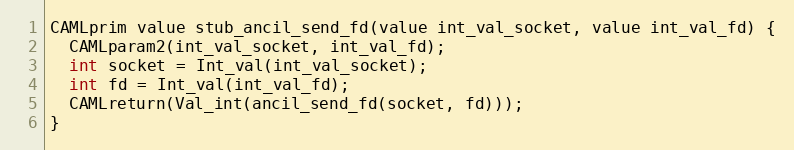
Language: C
CAMLprim value stub_ancil_send_fd(value int_val_socket, value int_val_fd) {
  CAMLparam2(int_val_socket, int_val_fd);
  int socket = Int_val(int_val_socket);
  int fd = Int_val(int_val_fd);
  CAMLreturn(Val_int(ancil_send_fd(socket, fd)));
}